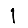
Digit: 1